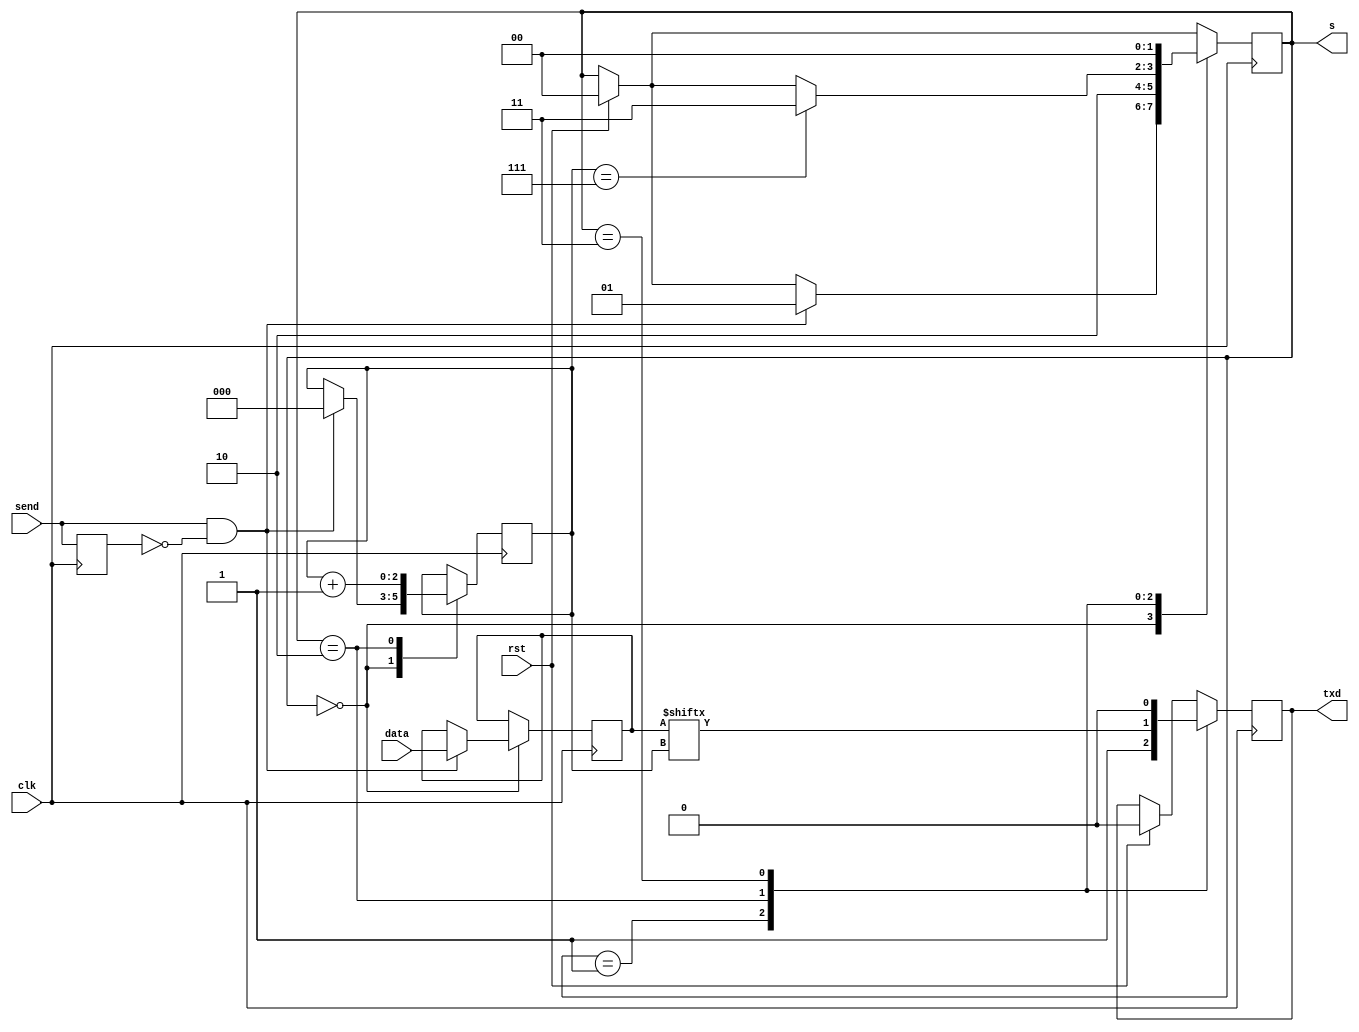
module fsm(
	input clk,
	input rst,
	input send,
	input [7:0] data,
	
	output txd,
	output [1:0] s
);

localparam STATE1 = 2'b00;
localparam STATE2 = 2'b01;
localparam STATE3 = 2'b10;
localparam STATE4 = 2'b11;

reg [1:0] state = STATE1;
reg [7:0] tmp_data;
reg last_send_val = 1'b0;
reg [2:0] current_bit;
reg d = 1'b0;

always @(posedge clk)
begin
	if(rst)
	begin
		d <= 0;
		state <= STATE1;
	end
	case(state)
	STATE1:
	begin
		if(send == 1 & last_send_val == 0)
		begin
			tmp_data <= data;
			current_bit <= 3'b000;
			state <= STATE2;
		end
	end
	STATE2:
	begin
		d <= 1'b1;
		state <= STATE3;
	end
	STATE3:
	begin
		
		d <= tmp_data[current_bit];
		current_bit <= current_bit + 1;
		
		if(current_bit  == 3'b111) state <= STATE4; // wszystkie bity wysano 
	end
	STATE4:
	begin
		d <= 1'b0;
		state <= STATE1;
	end
	endcase
	
	last_send_val <= send;
end

assign txd = d;
assign s = state;
endmodule